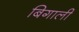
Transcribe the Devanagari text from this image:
बिगाली